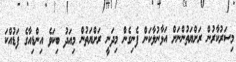
މިސަރުކާރުން ރަށްޔަތުންނަށް އަޅާނުލާކަން ފެނިގެން މިދަނީ ރަށްޔަތުން މިއަދު ބިކަވެ އިންޑިއާގެ ފަޑުއްކަ